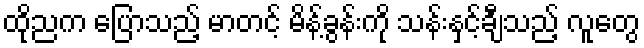
ထိုညက ပြောသည့် မာတင့် မိန့်ခွန်းကို သန်းနှင့်ချီသည့် လူတွေ